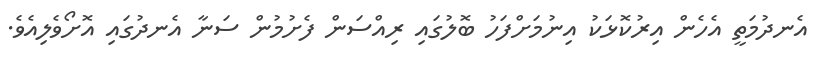
އެނދުމަތީ އެހެން އިރުކޮޅަކު އިނުމަށްފަހު ބޮލުގައި ރިއްސަން ފެށުމުން ސަނާ އެނދުގައި އޮށޯވެލިއެވެ.